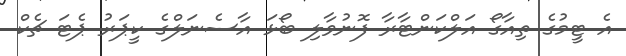
އެ ޓީމުގެ ތިއާގޯ އަލްކަންޓާރާ ފޮނުވާލި ބޯޅަ އާސެނަލްގެ ކީޕަރު ޕެޓަ ޗެކް